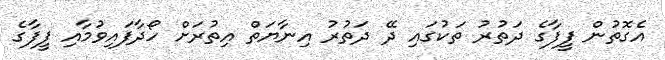
އެގޮތުން ފީފާގެ ދަތުރު ތަކުގައި ދޭ ދަތުރު އިނާޔަތް އިތުރަށް ހޯދާފައިވުމާއި ފީފާގެ